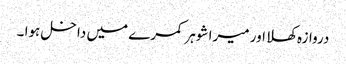
دروازہ کھلا اور میرا شوہر کمرے میں داخل ہوا ۔